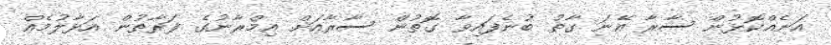
އަނެއްކޮޅުން ސާރާ އޭނަ ގާތު ބުނެފައިވާ ގޮތުން ސާރާއަށް އިމްރާނުގެ ފަރާތުން އަޅާލުމެއް